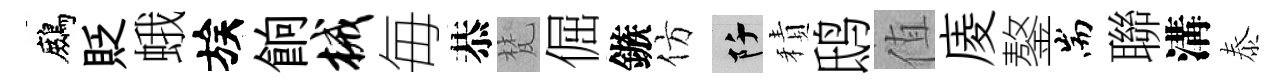
鷓貶蛾族餉械毎恭梵倔鏃仿阡積鸱值庱鏊耑聯溝泰